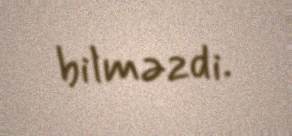
bilməzdi.